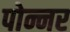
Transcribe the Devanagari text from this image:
पोन्नर